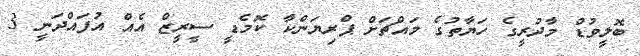
ބޮލީވުޑް މާދުރީގެ ހަޔާތުގެ މައްޗަށް ޕްރިޔަންކާ ކޮމެޑީ ސީރީޒް އެއް އުފައްދަނީ 3